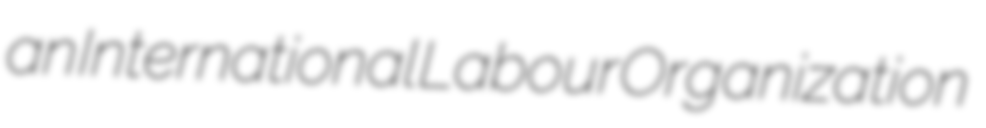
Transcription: an International Labour Organization